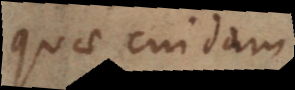
quae cuidam